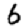
Digit: 6